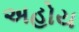
અહોય